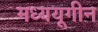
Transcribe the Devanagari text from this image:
मध्ययूगीन